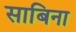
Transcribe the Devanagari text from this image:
साबिना